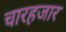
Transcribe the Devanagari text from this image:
चारहजार